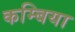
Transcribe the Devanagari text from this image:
कम्बिया